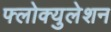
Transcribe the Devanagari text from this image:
फ्लोक्युलेशन